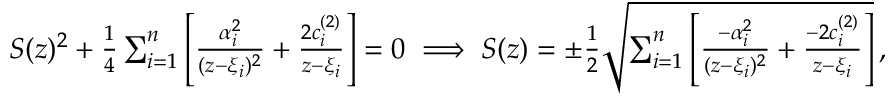
\begin{array} { r } { S ( z ) ^ { 2 } + { \frac { 1 } { 4 } } \sum _ { i = 1 } ^ { n } \left[ { \frac { \alpha _ { i } ^ { 2 } } { ( z - \xi _ { i } ) ^ { 2 } } } + { \frac { 2 c _ { i } ^ { ( 2 ) } } { z - \xi _ { i } } } \right] = 0 \implies S ( z ) = \pm { \frac { 1 } { 2 } } \sqrt { \sum _ { i = 1 } ^ { n } \left[ { \frac { - \alpha _ { i } ^ { 2 } } { ( z - \xi _ { i } ) ^ { 2 } } } + { \frac { - 2 c _ { i } ^ { ( 2 ) } } { z - \xi _ { i } } } \right] } \, , } \end{array}